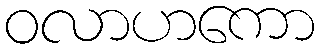
ဝလာဟကော